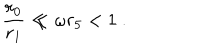
\frac { r _ { 0 } } { r _ { 1 } } \ll \omega r _ { 5 } < 1 ~ .